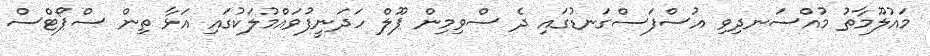
މައުލޫމާތު މުއްސަނދިވި އުސްފަސްގަނޑުގައި ދެ ސްވިމިން ޕޫލް ހަދަނީފުވައްމުލަކުގައި އަޅާ ތިން ސްޕޯޓްސް